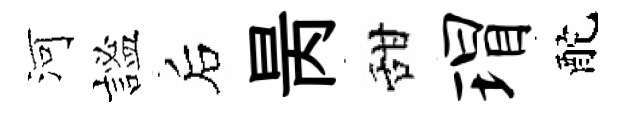
河謐后昺甜瑁酡